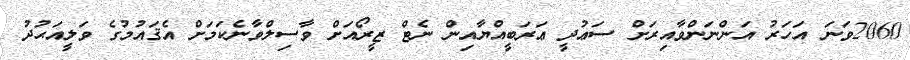
2060ވަނަ އަހަރު އަންނަންވާއިރަށް ސަޢުދީ ޢަރަބީއްޔާއިން ނެޓް ޒީރޯއަށް ވާސިލްވާނެކަމަށް އެޤައުމުގެ ވަލީއަޙުދު